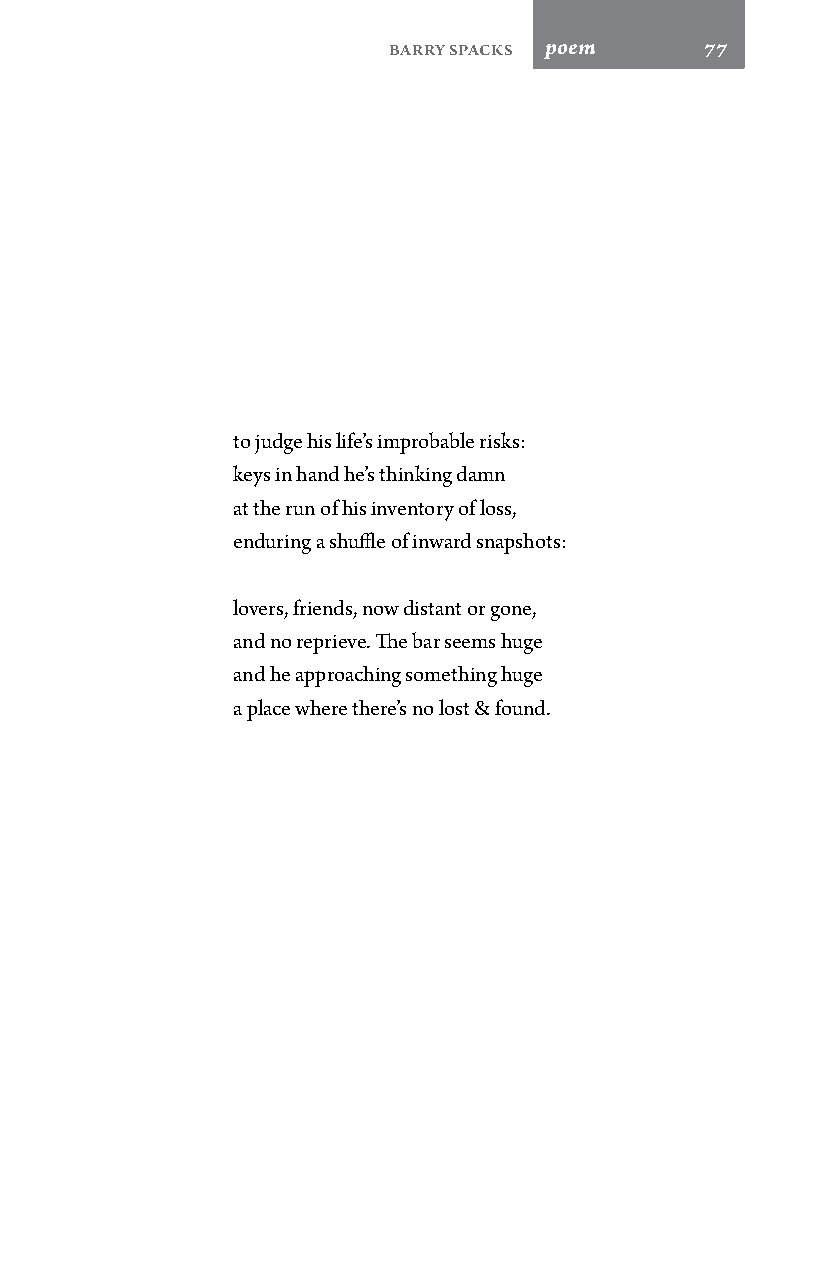
Barry Spacks poem    77
 to judge his life’s improbable risks:
 keys in hand he’s thinking damn
 at the run of his inventory of loss,
 enduring a shuffle of inward snapshots:
 lovers, friends, now distant or gone,
 and no reprieve. The bar seems huge
 and he approaching something huge
 a place where there’s no lost & found.